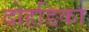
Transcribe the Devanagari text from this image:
दोहडिका